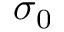
\sigma _ { 0 }